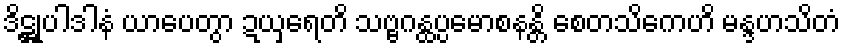
ဒိဋ္ဌုပါဒါနံ ယာပေတွာ ဍယှရေတိ သဗ္ဗဂန္ထပ္ပမောစနန္တိ စေတသိကေဟိ မန္ဒဟသိတံ